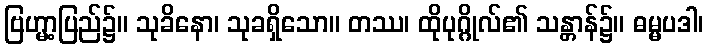
ဗြဟ္မာ့ပြည်၌။ သုခိနော၊ သုခရှိသော။ တဿ၊ ထိုပုဂ္ဂိုလ်၏ သန္တာန်၌။ ဓမ္မပဒါ၊